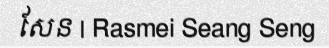
សែន | Rasmei Seang Seng